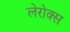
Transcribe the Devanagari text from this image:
लेरोक्स